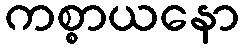
ကစ္စာယနော